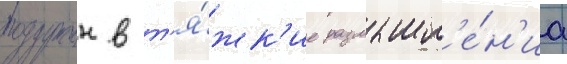
погружен в т'я́жк'ие размышл'е́н'иа